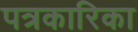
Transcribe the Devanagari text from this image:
पत्रकारिका